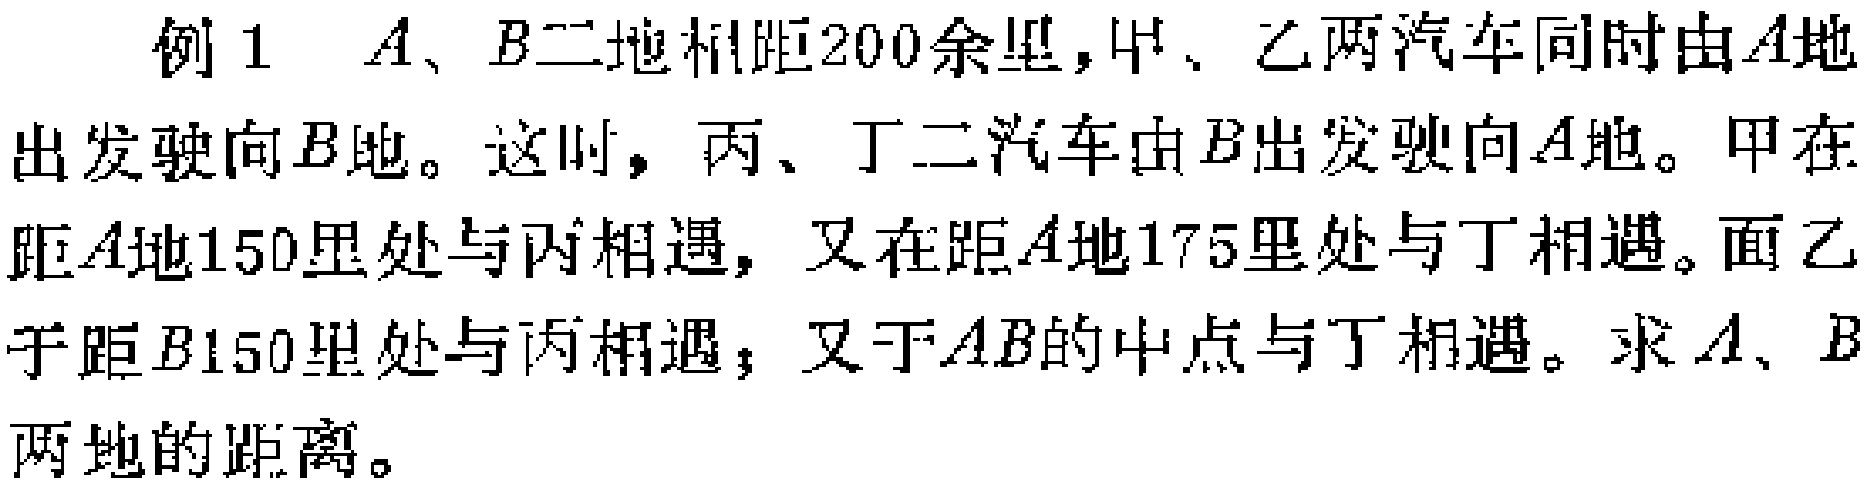
例 1 \(A、B\) 二地相距200余里，甲、乙两汽车同时由 \(A\) 地出发驶向 \(B\) 地。这时，丙、丁二汽车由 \(B\) 出发驶向 \(A\) 地。甲在距 \(A\) 地150里处与丙相遇，又在距 \(A\) 地175里处与丁相遇。而乙于距 \(B\) 150里处与丙相遇，又于 \(AB\) 的中点与丁相遇。求 \(A、B\) 两地的距离。